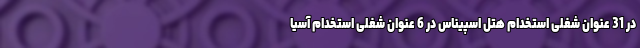
در 31 عنوان شغلی استخدام هتل اسپیناس در 6 عنوان شغلی استخدام آسیا